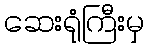
ဆေးရုံကြီးမှ